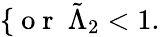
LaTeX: \left\{ \begin{array}{rl}\end{array}\right.\mathrm{~o~r~}\ \tilde{\Lambda}_{2}<1.